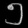
Digit: ၅